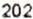
202